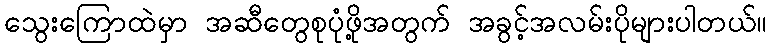
သွေးကြောထဲမှာ အဆီတွေစုပုံဖို့အတွက် အခွင့်အလမ်းပိုများပါတယ်။